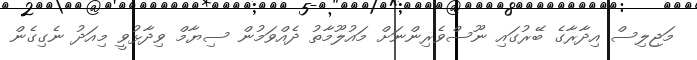
މަޖިލިސް އިދާރާގެ ބޭރުގައި ނޫސްވެރިންނަށް މައުލޫމާތު ދެއްވަމުން ސިޔާމް ވިދާޅުވީ މިއަދު ނެގިގެން